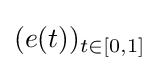
(e(t))_{t\in [0,1]}